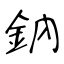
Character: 鈉